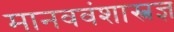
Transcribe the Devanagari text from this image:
मानववंशास्त्रज्ञ